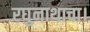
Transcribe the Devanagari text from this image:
रघुनाथाचा।